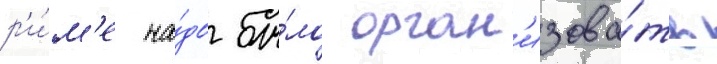
р'и́м'е на́до бы́ло орган'изова́ть